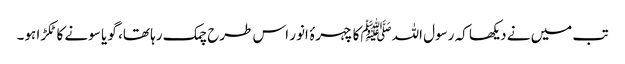
تب میں نے دیکھا کہ رسول اللہﷺکا چہرۂ انور اس طرح چمک رہا تھا، گو یا سونے کا ٹکڑا ہو۔